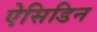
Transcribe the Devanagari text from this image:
ऐसिडिन